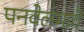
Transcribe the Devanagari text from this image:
पनवेलमार्गे